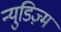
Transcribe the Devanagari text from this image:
न्युडिज़्म